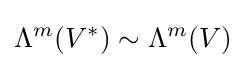
\Lambda ^{m}(V^{*})\sim \Lambda ^{m}(V)